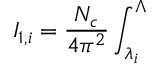
I _ { 1 , i } = \frac { N _ { c } } { 4 \pi ^ { 2 } } \int _ { \lambda _ { i } } ^ { { \large \Lambda } }